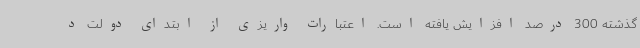
گذشته 300 درصد افزایش یافته است. اعتبارات واریزی از ابتدای دولت د